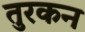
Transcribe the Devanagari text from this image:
तुरकन